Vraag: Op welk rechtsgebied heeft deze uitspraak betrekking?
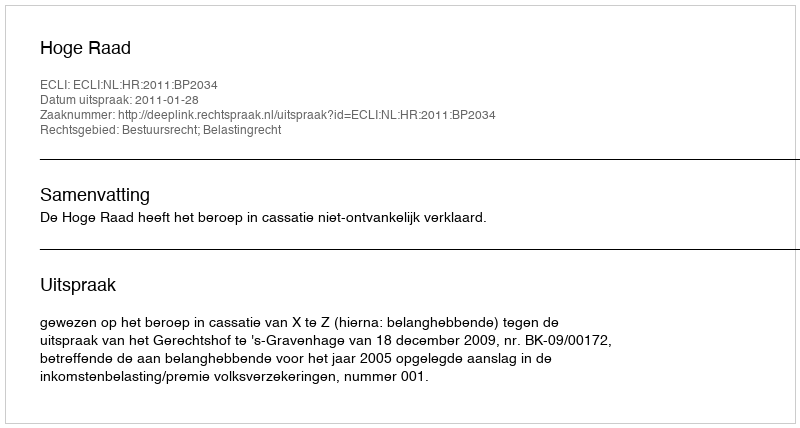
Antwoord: Bestuursrecht; Belastingrecht